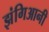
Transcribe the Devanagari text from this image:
झंगिआनी